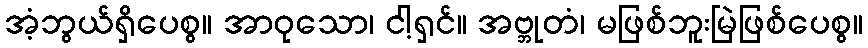
အံ့ဘွယ်ရှိပေစွ။ အာဝုသော၊ ငါ့ရှင်။ အဗ္ဘုတံ၊ မဖြစ်ဘူးမြဲဖြစ်ပေစွ။